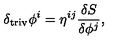
\delta _ { \mathrm { t r i v } } \phi ^ { i } = \eta ^ { i j } \frac { \delta S } { \delta \phi ^ { j } } ,